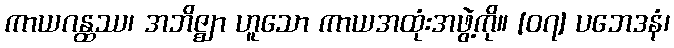
ကာယဂန္ထဿ၊ အဘိဇ္ဈာ ဟူသော ကာယအထုံးအဖွဲ့ကို။ [၀၇] ပဘေဒနံ၊